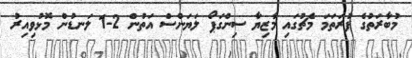
މުބާރަތުގެ ފުރަތަމަ މެޗުގައި މާޒިޔާ ސިންގަޕޯ ލަޔަންސް އަތުން 2-1 ލަނޑުން މޮޅުވިއިރު